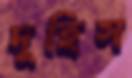
দুহিস